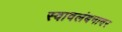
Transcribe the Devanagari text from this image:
स्वावलंबनावर